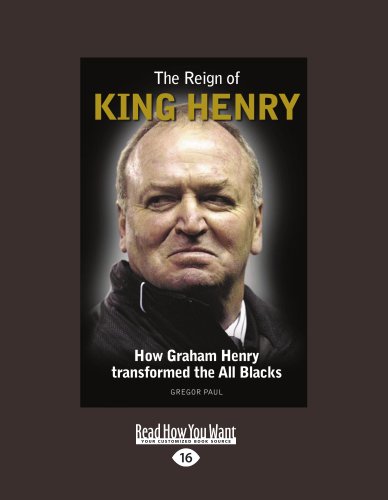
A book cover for The Reign Of King Henry: How Graham Henry Transformed the All Blacks; Gregor Paul; Sports & Outdoors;